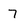
Character: 7